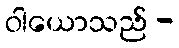
ဝါယောသည် -